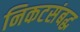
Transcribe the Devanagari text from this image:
निकटसंबद्ध